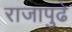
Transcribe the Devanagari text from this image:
राजापुढे